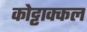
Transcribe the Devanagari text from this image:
कोट्टाक्कल